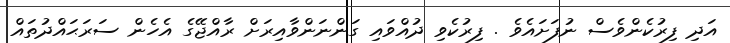
އަދި ފިރުކެންވެސް ނުފަށައެވެ . ފިރުކެވި ދުއްވައި ގަންނަންވާއިރަށް ރާއްޖޭގެ އެހެން ސަރަޙައްދުތައް